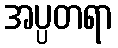
အပ္ပတရာ